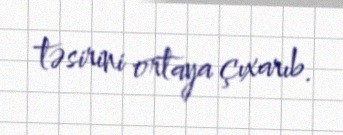
təsirini ortaya çıxarıb.